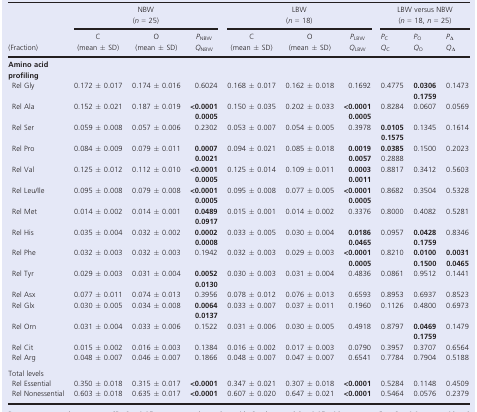
<table><thead><tr><td rowspan="3"><b>(Fraction)</b></td><td colspan="3"><b>NBW</b></td><td colspan="3"><b>LBW</b></td><td colspan="3"><b>LBW versus NBW</b></td></tr><tr><td colspan="3"><b>(<i>n </i>= 25)</b></td><td colspan="3"><b>(<i>n </i>= 18)</b></td><td colspan="3"><b>(<i>n </i>= 18, <i>n </i>= 25)</b></td></tr><tr><td><b>C (mean ± SD)</b></td><td><b>O (mean ± SD)</b></td><td><b><i>P</i><sub>NBW</sub><i>Q</i><sub>NBW</sub></b></td><td><b>C (mean ± SD)</b></td><td><b>O (mean ± SD)</b></td><td><b><i>P</i><sub>LBW</sub><i>Q</i><sub>LBW</sub></b></td><td><b><i>P</i><sub>C</sub><i>Q</i><sub>C</sub></b></td><td><b><i>P</i><sub>O</sub><i>Q</i><sub>O</sub></b></td><td><b><i>P</i><sub>Δ</sub><i>Q</i><sub>Δ</sub></b></td></tr></thead><tbody><tr><td colspan="10"><b>Amino acid profiling</b></td></tr><tr><td>Rel Gly</td><td>0.172 ± 0.017</td><td>0.174 ± 0.016</td><td>0.6024</td><td>0.168 ± 0.017</td><td>0.162 ± 0.018</td><td>0.1692</td><td>0.4775</td><td><b>0.0306</b><b>0.1759</b></td><td>0.1473</td></tr><tr><td>Rel Ala</td><td>0.152 ± 0.021</td><td>0.187 ± 0.019</td><td><b>&lt;0.0001</b><b>0.0005</b></td><td>0.150 ± 0.035</td><td>0.202 ± 0.033</td><td><b>&lt;0.0001</b><b>0.0005</b></td><td>0.8284</td><td>0.0607</td><td>0.0569</td></tr><tr><td>Rel Ser</td><td>0.059 ± 0.008</td><td>0.057 ± 0.006</td><td>0.2302</td><td>0.053 ± 0.007</td><td>0.054 ± 0.005</td><td>0.3978</td><td><b>0.0105</b><b>0.1575</b></td><td>0.1345</td><td>0.1614</td></tr><tr><td>Rel Pro</td><td>0.084 ± 0.009</td><td>0.079 ± 0.011</td><td><b>0.0007</b><b>0.0021</b></td><td>0.094 ± 0.021</td><td>0.085 ± 0.018</td><td><b>0.0019</b><b>0.0057</b></td><td><b>0.0385</b>0.2888</td><td>0.1500</td><td>0.2023</td></tr><tr><td>Rel Val</td><td>0.125 ± 0.012</td><td>0.112 ± 0.010</td><td><b>&lt;0.0001</b><b>0.0005</b></td><td>0.125 ± 0.014</td><td>0.109 ± 0.011</td><td><b>0.0003</b><b>0.0011</b></td><td>0.8817</td><td>0.3412</td><td>0.5603</td></tr><tr><td>Rel Leu/Ile</td><td>0.095 ± 0.008</td><td>0.079 ± 0.008</td><td><b>&lt;0.0001</b><b>0.0005</b></td><td>0.095 ± 0.008</td><td>0.077 ± 0.005</td><td><b>&lt;0.0001</b><b>0.0005</b></td><td>0.8682</td><td>0.3504</td><td>0.5328</td></tr><tr><td>Rel Met</td><td>0.014 ± 0.002</td><td>0.014 ± 0.001</td><td><b>0.0489</b><b>0.0917</b></td><td>0.015 ± 0.001</td><td>0.014 ± 0.002</td><td>0.3376</td><td>0.8000</td><td>0.4082</td><td>0.5281</td></tr><tr><td>Rel His</td><td>0.035 ± 0.004</td><td>0.032 ± 0.002</td><td><b>0.0002</b><b>0.0008</b></td><td>0.033 ± 0.005</td><td>0.030 ± 0.004</td><td><b>0.0186</b><b>0.0465</b></td><td>0.0957</td><td><b>0.0428</b><b>0.1759</b></td><td>0.8346</td></tr><tr><td>Rel Phe</td><td>0.032 ± 0.003</td><td>0.032 ± 0.003</td><td>0.1942</td><td>0.032 ± 0.003</td><td>0.029 ± 0.003</td><td><b>&lt;0.0001</b><b>0.0005</b></td><td>0.8210</td><td><b>0.0100</b><b>0.1500</b></td><td><b>0.0031</b><b>0.0465</b></td></tr><tr><td>Rel Tyr</td><td>0.029 ± 0.003</td><td>0.031 ± 0.004</td><td><b>0.0052</b><b>0.0130</b></td><td>0.030 ± 0.003</td><td>0.031 ± 0.004</td><td>0.4836</td><td>0.0861</td><td>0.9512</td><td>0.1441</td></tr><tr><td>Rel Asx</td><td>0.077 ± 0.011</td><td>0.074 ± 0.013</td><td>0.3956</td><td>0.078 ± 0.012</td><td>0.076 ± 0.013</td><td>0.6593</td><td>0.8953</td><td>0.6937</td><td>0.8523</td></tr><tr><td>Rel Glx</td><td>0.030 ± 0.005</td><td>0.034 ± 0.008</td><td><b>0.0064</b><b>0.0137</b></td><td>0.033 ± 0.007</td><td>0.037 ± 0.011</td><td>0.1960</td><td>0.1126</td><td>0.4800</td><td>0.6973</td></tr><tr><td>Rel Orn</td><td>0.031 ± 0.004</td><td>0.033 ± 0.006</td><td>0.1522</td><td>0.031 ± 0.006</td><td>0.030 ± 0.005</td><td>0.4918</td><td>0.8797</td><td><b>0.0469</b><b>0.1759</b></td><td>0.1479</td></tr><tr><td>Rel Cit</td><td>0.015 ± 0.002</td><td>0.016 ± 0.003</td><td>0.1384</td><td>0.016 ± 0.002</td><td>0.017 ± 0.003</td><td>0.0790</td><td>0.3957</td><td>0.3707</td><td>0.6564</td></tr><tr><td>Rel Arg</td><td>0.048 ± 0.007</td><td>0.046 ± 0.007</td><td>0.1866</td><td>0.048 ± 0.007</td><td>0.047 ± 0.007</td><td>0.6541</td><td>0.7784</td><td>0.7904</td><td>0.5188</td></tr><tr><td colspan="10">Total levels</td></tr><tr><td>Rel Essential</td><td>0.350 ± 0.018</td><td>0.315 ± 0.017</td><td><b>&lt;0.0001</b></td><td>0.347 ± 0.021</td><td>0.307 ± 0.018</td><td><b>&lt;0.0001</b></td><td>0.5284</td><td>0.1148</td><td>0.4509</td></tr><tr><td>Rel Nonessential</td><td>0.603 ± 0.018</td><td>0.635 ± 0.017</td><td><b>&lt;0.0001</b></td><td>0.607 ± 0.020</td><td>0.647 ± 0.021</td><td><b>&lt;0.0001</b></td><td>0.5464</td><td>0.0576</td><td>0.2379</td></tr></tbody></table>